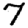
Digit: 7